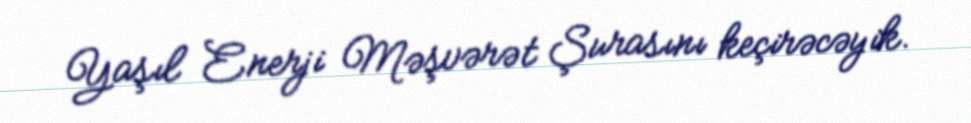
Yaşıl Enerji Məşvərət Şurasını keçirəcəyik.